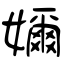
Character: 嬭